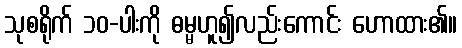
သုစရိုက် ၁၀-ပါးကို ဓမ္မဟူ၍လည်းကောင်း ဟောထား၏။